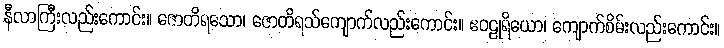
နီလာကြီးလည်းကောင်း။ ဇောတိရသော၊ ဇောတိရသ်ကျောက်လည်းကောင်း။ ဧဝဠုရိယော၊ ကျောက်စိမ်းလည်းကောင်း။